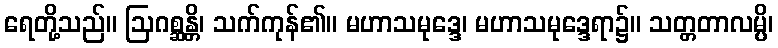
ရေတို့သည်။ ဩဂစ္ဆန္တိ၊ သက်ကုန်၏။ မဟာသမုဒ္ဒေ၊ မဟာသမုဒ္ဒေရာ၌။ သတ္တတာလမ္ပိ၊